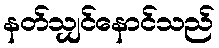
နတ်သျှင်နောင်သည်